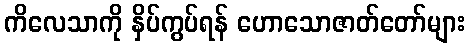
ကိလေသာကို နှိပ်ကွပ်ရန် ဟောသောဇာတ်တော်များ